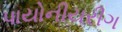
પાયોનીયરીગ